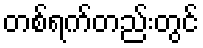
တစ်ရက်တည်းတွင်